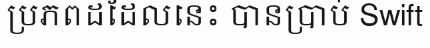
ប្រភពដដែលនេះ បានប្រាប់ Swift